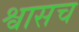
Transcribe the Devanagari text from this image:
श्वासच